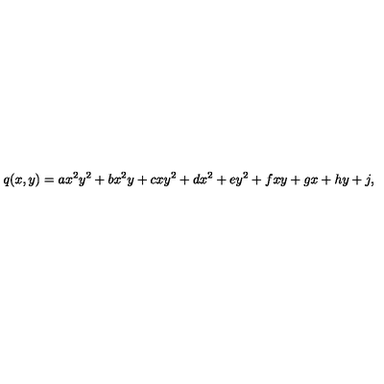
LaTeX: q ( x , y ) = a x ^ { 2 } y ^ { 2 } + b x ^ { 2 } y + c x y ^ { 2 } + d x ^ { 2 } + e y ^ { 2 } + f x y + g x + h y + j ,